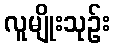
လူမျိုးသုဉ်း